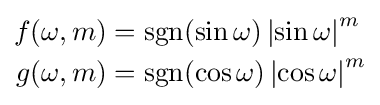
{\begin{aligned}f(\omega ,m)&{}=\operatorname {sgn} (\sin \omega )\left|\sin \omega \right|^{m}\\g(\omega ,m)&{}=\operatorname {sgn} (\cos \omega )\left|\cos \omega \right|^{m}\end{aligned}}